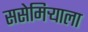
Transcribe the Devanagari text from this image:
ससेमिर्‍याला